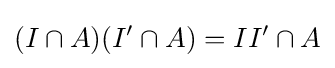
(I\cap A)(I'\cap A)=II'\cap A